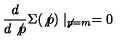
\frac { d } { d \not { p } } \Sigma ( \not { p } ) \mid _ { \not { p } = m } = 0